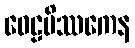
ဝေဠမိဿကေန